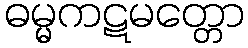
ဓမ္မကဋမတ္တော